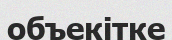
объекітке